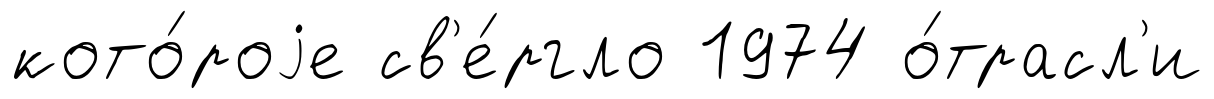
кото́роjе св'е́ргло 1974 о́трасл'и